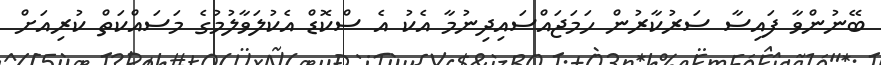
ބޭނުންވާ ފައިސާ ސަރުކާރުން ހަމަޖައްސައިދިނުމާ އެކު އެ ސްކޮޑް އެކުލަވާލުމުގެ މަސައްކަތް ކުރިއަށް